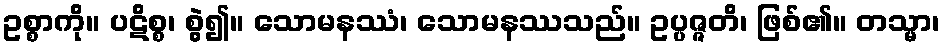
ဥစ္စာကို။ ပဋိစ္စ၊ စွဲ၍။ သောမနဿံ၊ သောမနဿသည်။ ဥပ္ပဇ္ဇတိ၊ ဖြစ်၏။ တသ္မာ၊